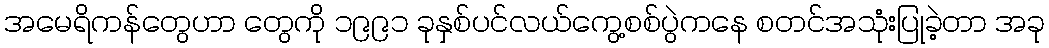
အမေရိကန်တွေဟာ တွေကို ၁၉၉၁ ခုနှစ်ပင်လယ်ကွေ့စစ်ပွဲကနေ စတင်အသုံးပြုခဲ့တာ အခု